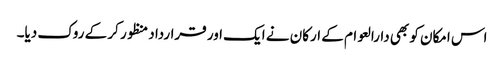
اس امکان کو بھی دارالعوام کے ارکان نے ایک اور قرارداد منظور کر کے روک دیا۔